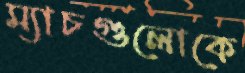
ম্যাচগুলোকে